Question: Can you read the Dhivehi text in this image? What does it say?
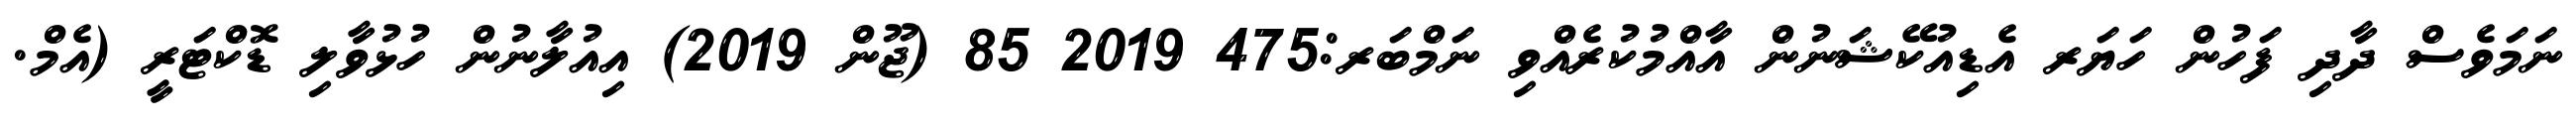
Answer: ނަމަވެސް ދާދި ފަހުން ހަޔަރ އެޑިއުކޭޝަނުން އާއްމުކުރެއްވި ނަމްބަރ:475 2019 85 (ޖޫން 2019) އިއުލާނުން ހުޅުވާލި ޑޮކްޓަރީ (އެމް.